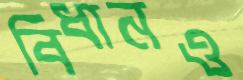
বিধানও